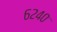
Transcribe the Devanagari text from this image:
६२४०